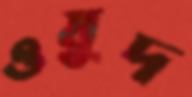
ওষুদ